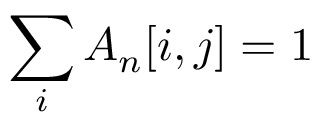
\sum _ { i } { A _ { n } [ i , j ] } = 1